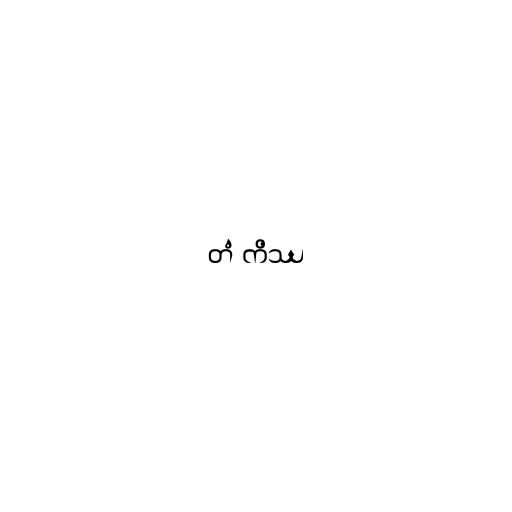
တံ ကိဿ